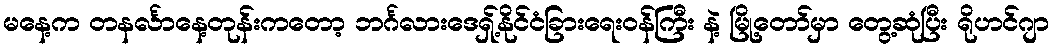
မနေ့က တနင်္လာနေ့တုန်းကတော့ ဘင်္ဂလားဒေရှ့်နိုင်ငံခြားရေးဝန်ကြီး နဲ့ မြို့တော်မှာ တွေ့ဆုံပြီး ရိုဟင်ဂျာ